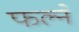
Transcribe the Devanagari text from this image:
फल्ने